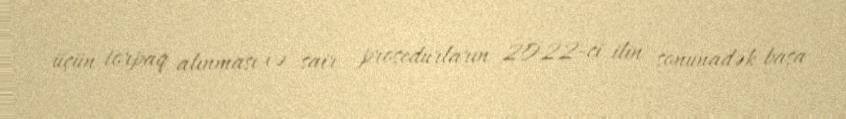
üçün torpaq alınması və sair prosedurların 2022-ci ilin sonunadək başa